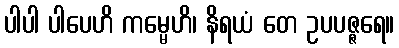
ပါပါ ပါပေဟိ ကမ္မေဟိ၊ နိရယံ တေ ဥပပဇ္ဇရေ။